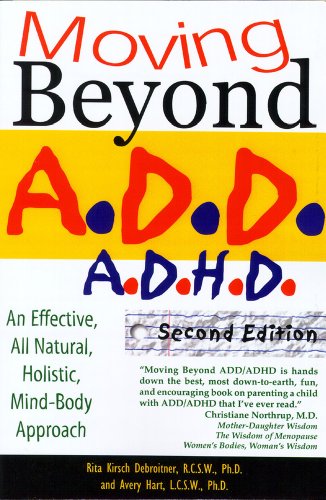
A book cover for Moving Beyond ADD/ADHD, Second Edition; Rita O. Kirch; Parenting & Relationships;